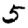
Digit: 5